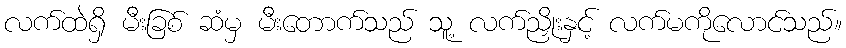
လက်ထဲရှိ မီးခြစ် ဆံမှ မီးတောက်သည် သူ့ လက်ညှိုးနှင့် လက်မကိုလောင်သည်။